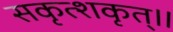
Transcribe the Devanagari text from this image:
सकृत्शकृत्॥